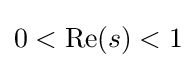
{\textstyle 0<{\text{Re}}(s)<1}